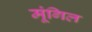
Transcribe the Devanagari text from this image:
मूंगिल